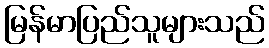
မြန်မာပြည်သူများသည်